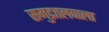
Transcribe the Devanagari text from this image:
समुद्रतलवाला